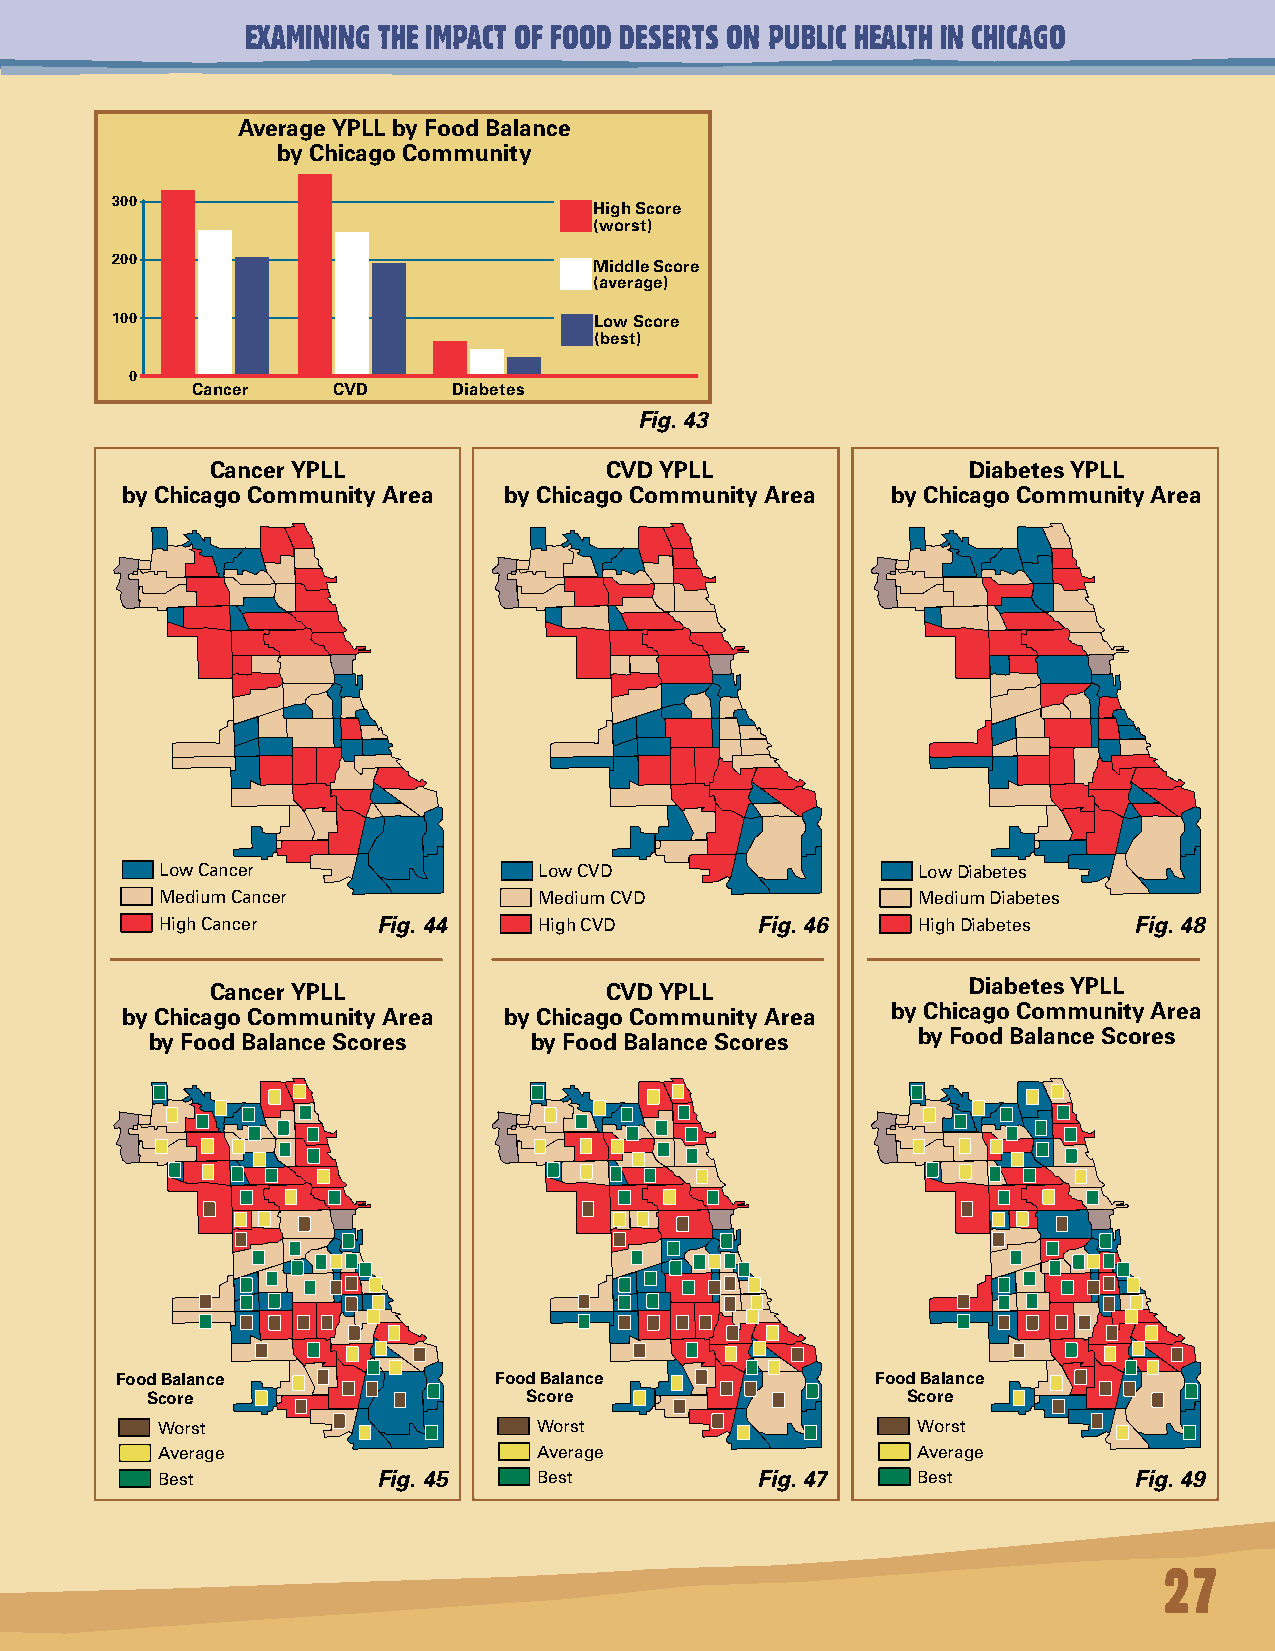
EXAMINING THE IMPACT OF FOOD DESERTS ON PUBLIC HEALTH IN CHICAGO
 Average YPLL by Food Balance
 by Chicago Community
 300
 High Score
 (worst)
 200                             Middle Score
 (average)
 100                             Low Score
 (best)
 0
 Cancer   CVD     Diabetes
 Fig. 43
 Cancer YPLL               CVD YPLL                Diabetes YPLL
 by Chicago Community Area by Chicago Community Area by Chicago Community Area
 Low Cancer               Low CVD                  Low Diabetes
 Medium Cancer            Medium CVD               Medium Diabetes
 High Cancer   Fig. 44    High CVD      Fig. 46    High Diabetes Fig. 48
 Cancer YPLL               CVD YPLL                Diabetes YPLL
 by Chicago Community Area by Chicago Community Area by Chicago Community Area
 by Food Balance Scores   by Food Balance Scores    by Food Balance Scores
 Food Balance             Food Balance             Food Balance
 Score                    Score                    Score
 Worst                     Worst                    Worst
 Average                   Average                  Average
 Best           Fig. 45    Best          Fig. 47    Best          Fig. 49
 27